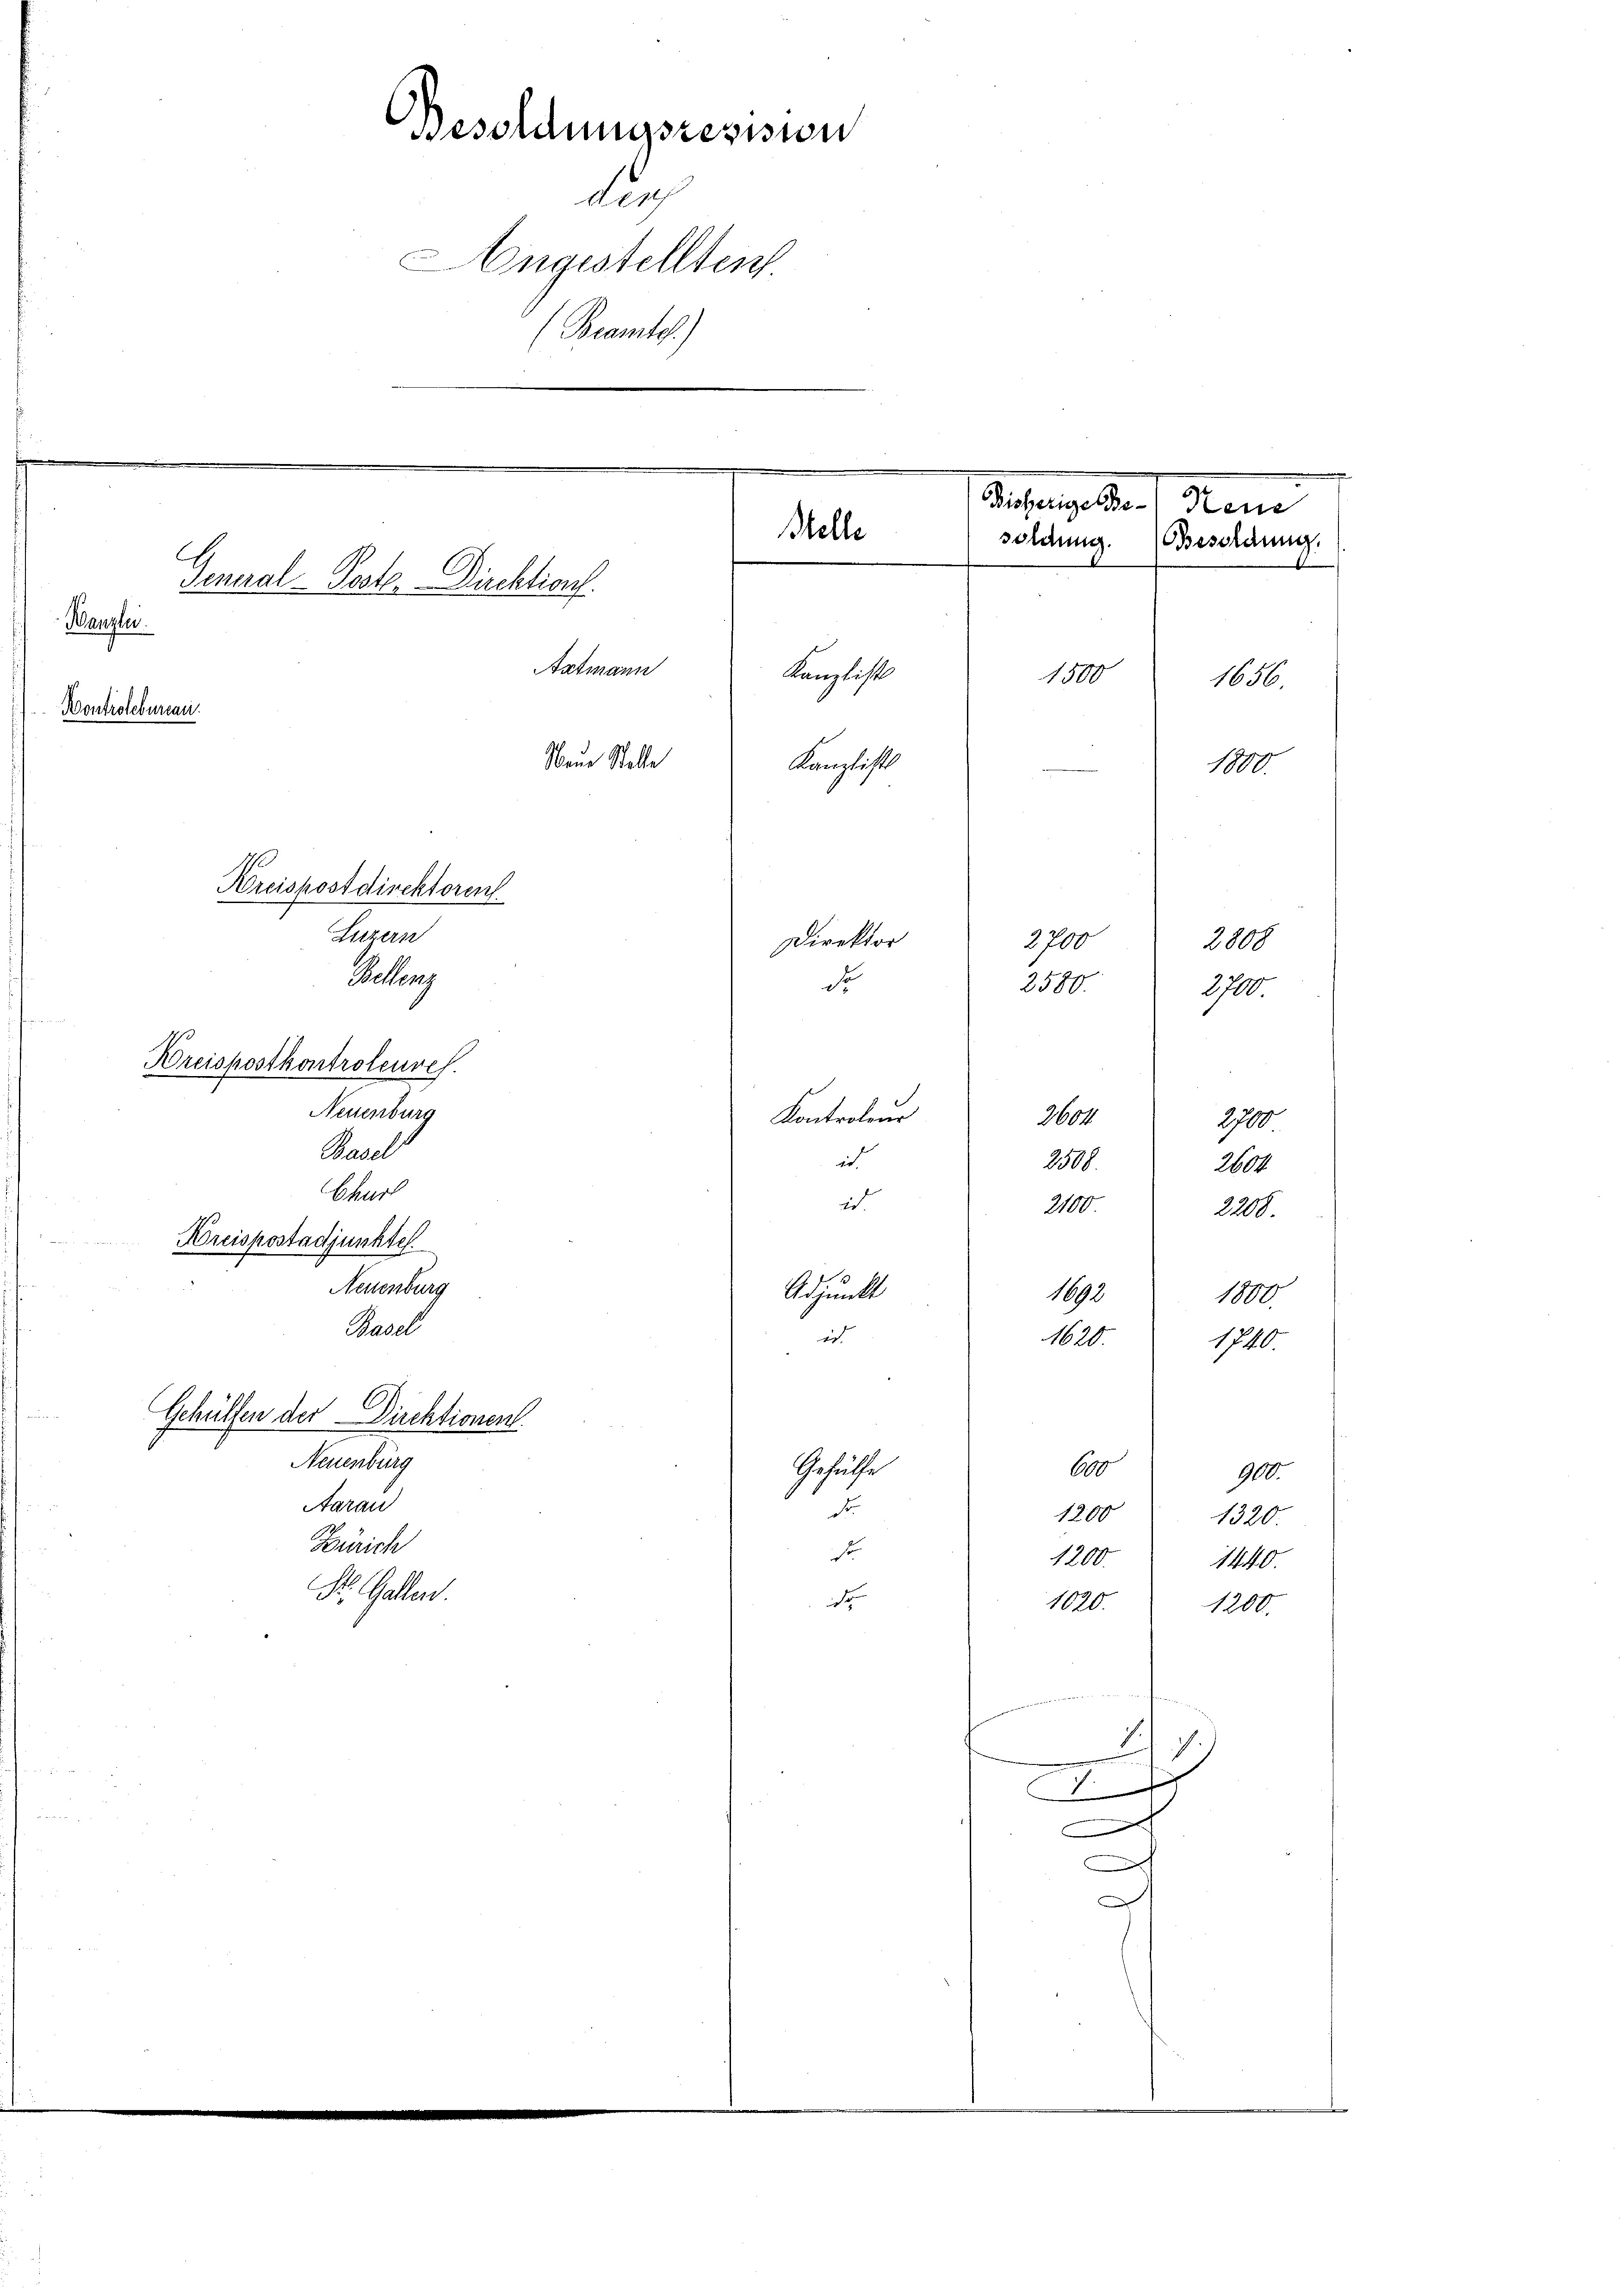
Behlen

2580.
Breispostkontroleures
Neuenburg
Kontroleur
2604.
2700
Basel
id
2508
200
Churt
2
2100
2208
Breispostadjunkte
Neuenburg
Adjunkt
1890
1800
Basel
aut
1620
1740
Schüllen der Direktionen
Neuenburg
Gesuche
600
900
Aarau
d
1200
1320
Zürich
s
1200
1440
Dr. Gallen.
e
1020
1200
e
B
. i.
¬
1
das
.
h
.
e
.

Besoldungsression
Ne19
ngestellten
(Beamtes.)
m
Disherige Be- Neue
Stelle
soldung. (Besoldung.
General-PostDirektions.
Kanzle
Aatmann
Kanzlicht
1500
1656
Kontroleburcari
Neue Stelle
Keverglichtt
1800
Kreispostdirektoren.
Luzern
2700
Direktor
2808

de

2700